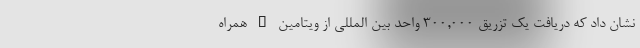
نشان داد که دریافت یک تزریق 300,000 واحد بین المللی از ویتامین D همراه